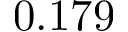
0 . 1 7 9